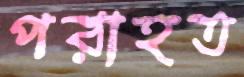
পরাহত